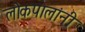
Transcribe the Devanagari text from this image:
लोकपालांनी